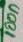
Text: 100n